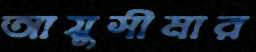
আয়ুসীমার